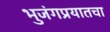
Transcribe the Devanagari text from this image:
भुजंगप्रयातचा